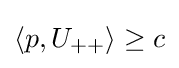
\langle p,U_{++}\rangle \geq c